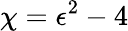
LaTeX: \chi=\epsilon^{2}-4